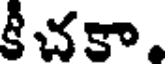
కీచకా.